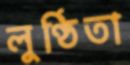
লুণ্ঠিতা